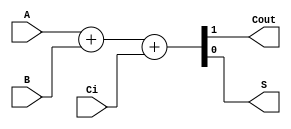
module sum1bcc (A, B, Ci,Cout,S);// Se define el modulo para el sumador.

	
	//Se definen las respectivas entradas y salidas
  input  A;
  input  B;
  input  Ci;
  output Cout;
  output S;

  //Se describen las asignaciones
  reg [1:0] st;//Se asigna un array de registros binarios, es decir, dos posiciones
  assign S = st[0];//Se asigna la primera posicin a la variable de salida S
  assign Cout = st[1]; //Se asigna la segunda posicin a la variable de salida del carry Cout

  //Se describen los procesos
  always @ ( * ) begin //Se inicia el bloque always con todos los parametros del modulo
  	st  = 	A+B+Ci; //Se genera la asignacin de la suma de las entradas al array de registros
  end
  
endmodule